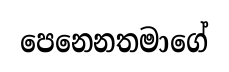
පෙනෙනතමාගේ